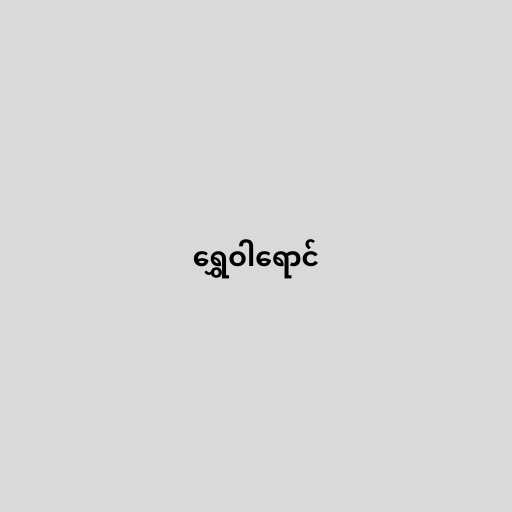
ရွှေဝါရောင်